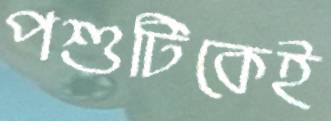
পশুটিকেই